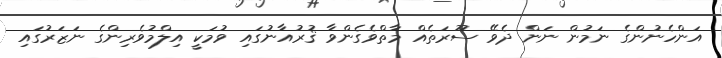
އަންހެނުންގެ ނަމުން ނަން ދެވޭ ސޫރަތެއް މާތްވެގެންވާ ޤުރުއާނުގައި ވުމަކީ އިލްމުވެރިންގެ ނަޒަރުގައި